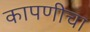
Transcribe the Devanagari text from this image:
कापणीचा